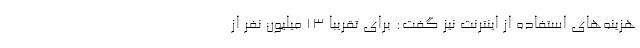
هزینه‌های استفاده از اینترنت نیز گفت: برای تقریبا ۱۳ میلیون نفر از